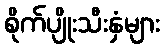
စိုက်ပျိုးသီးနှံများ